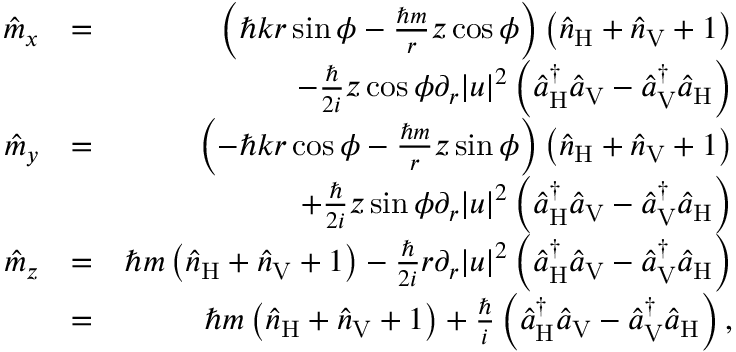
\begin{array} { r l r } { \hat { m } _ { x } } & { = } & { \left( \hbar k r \sin \phi - \frac { \hbar m } { r } z \cos \phi \right) \left( \hat { n } _ { \mathrm { H } } + \hat { n } _ { \mathrm { V } } + 1 \right) } \\ & { } & { - \frac { \hbar } { 2 i } z \cos \phi \partial _ { r } | u | ^ { 2 } \left( \hat { a } _ { \mathrm { H } } ^ { \dagger } \hat { a } _ { \mathrm { V } } - \hat { a } _ { \mathrm { V } } ^ { \dagger } \hat { a } _ { \mathrm { H } } \right) } \\ { \hat { m } _ { y } } & { = } & { \left( - \hbar k r \cos \phi - \frac { \hbar m } { r } z \sin \phi \right) \left( \hat { n } _ { \mathrm { H } } + \hat { n } _ { \mathrm { V } } + 1 \right) } \\ & { } & { + \frac { \hbar } { 2 i } z \sin \phi \partial _ { r } | u | ^ { 2 } \left( \hat { a } _ { \mathrm { H } } ^ { \dagger } \hat { a } _ { \mathrm { V } } - \hat { a } _ { \mathrm { V } } ^ { \dagger } \hat { a } _ { \mathrm { H } } \right) } \\ { \hat { m } _ { z } } & { = } & { \hbar m \left( \hat { n } _ { \mathrm { H } } + \hat { n } _ { \mathrm { V } } + 1 \right) - \frac { \hbar } { 2 i } r \partial _ { r } | u | ^ { 2 } \left( \hat { a } _ { \mathrm { H } } ^ { \dagger } \hat { a } _ { \mathrm { V } } - \hat { a } _ { \mathrm { V } } ^ { \dagger } \hat { a } _ { \mathrm { H } } \right) } \\ & { = } & { \hbar m \left( \hat { n } _ { \mathrm { H } } + \hat { n } _ { \mathrm { V } } + 1 \right) + \frac { \hbar } { i } \left( \hat { a } _ { \mathrm { H } } ^ { \dagger } \hat { a } _ { \mathrm { V } } - \hat { a } _ { \mathrm { V } } ^ { \dagger } \hat { a } _ { \mathrm { H } } \right) , } \end{array}